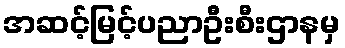
အဆင့်မြင့်ပညာဦးစီးဌာနမှ